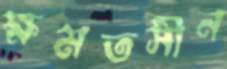
ক্ষমতসীন